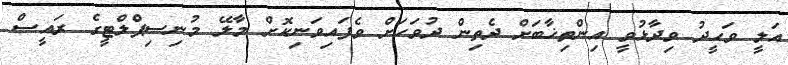
އަލީ ވަހީދު ވިދާޅުވީ އިންތިޚާބަށް ދެތިން ދުވަހަށް ވެފައިވަނިކޮށް މާލޭ މުނިސިޕްލްޓީގެ ރައީސް